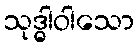
သုဒ္ဓါဝါသော